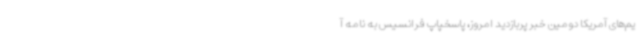
یم‌های آمریکا دومین خبر پربازدید امروز، پاسخپاپ فرانسیس به نامه آ